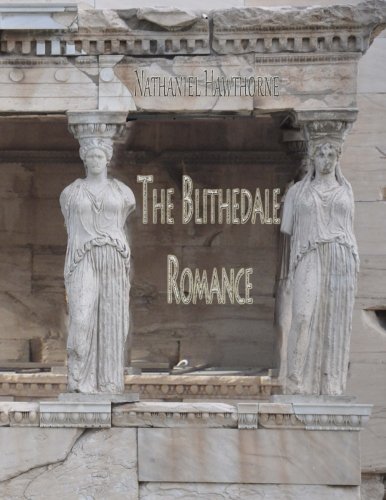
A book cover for The Blithedale Romance; Nathaniel Hawthorne; Romance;